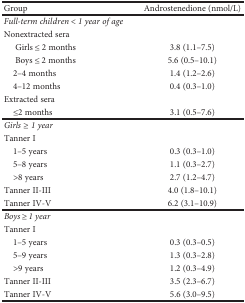
| Group | Androstenedione (nmol/L) |
 | --- | --- |
 | <COLSPAN=2> Full-termchildren<1 year of age |
 | <COLSPAN=2> Nonextracted sera |
 | Girls ≤ 2 months | 3.8 (1.1–7.5) |
 | Boys ≤ 2 months | 5.6 (0.5–10.1) |
 | 2–4 months | 1.4 (1.2–2.6) |
 | 4–12 months | 0.4 (0.3–1.0) |
 | <COLSPAN=2> Extracted sera |
 | ≤2 months | 3.1 (0.5–7.6) |
 | <COLSPAN=2> Girls≥ 1 year |
 | <COLSPAN=2> Tanner I |
 | 1–5 years | 0.3 (0.3–1.0) |
 | 5–8 years | 1.1 (0.3–2.7) |
 | >8 years | 2.7 (1.2–4.7) |
 | Tanner II-III | 4.0 (1.8–10.1) |
 | Tanner IV-V | 6.2 (3.1–10.9) |
 | <COLSPAN=2> Boys ≥ 1 year |
 | <COLSPAN=2> Tanner I |
 | 1–5 years | 0.3 (0.3–0.5) |
 | 5–9 years | 1.3 (0.3–2.8) |
 | >9 years | 1.2 (0.3–4.9) |
 | Tanner II-III | 3.5 (2.3–6.7) |
 | Tanner IV-V | 5.6 (3.0–9.5) |